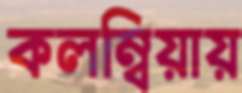
কলম্বিয়ায়